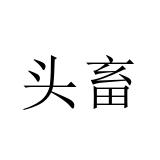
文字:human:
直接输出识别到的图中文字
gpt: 头畜